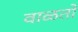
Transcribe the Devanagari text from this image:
वाळतो